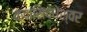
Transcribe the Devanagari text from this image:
कदासिद्धेश्वर